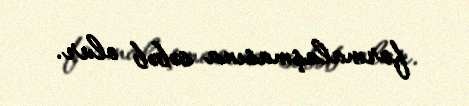
formalaşmasına səbəb olur.